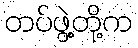
တပ်ဖွဲ့တို့က